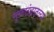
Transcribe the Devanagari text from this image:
मुक्तछंदातल्या